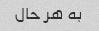
به هر حال